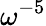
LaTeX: \omega^{-5}